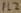
Text: FL2